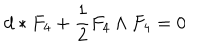
d * F _ { 4 } + \frac { 1 } { 2 } F _ { 4 } \wedge F _ { 4 } = 0